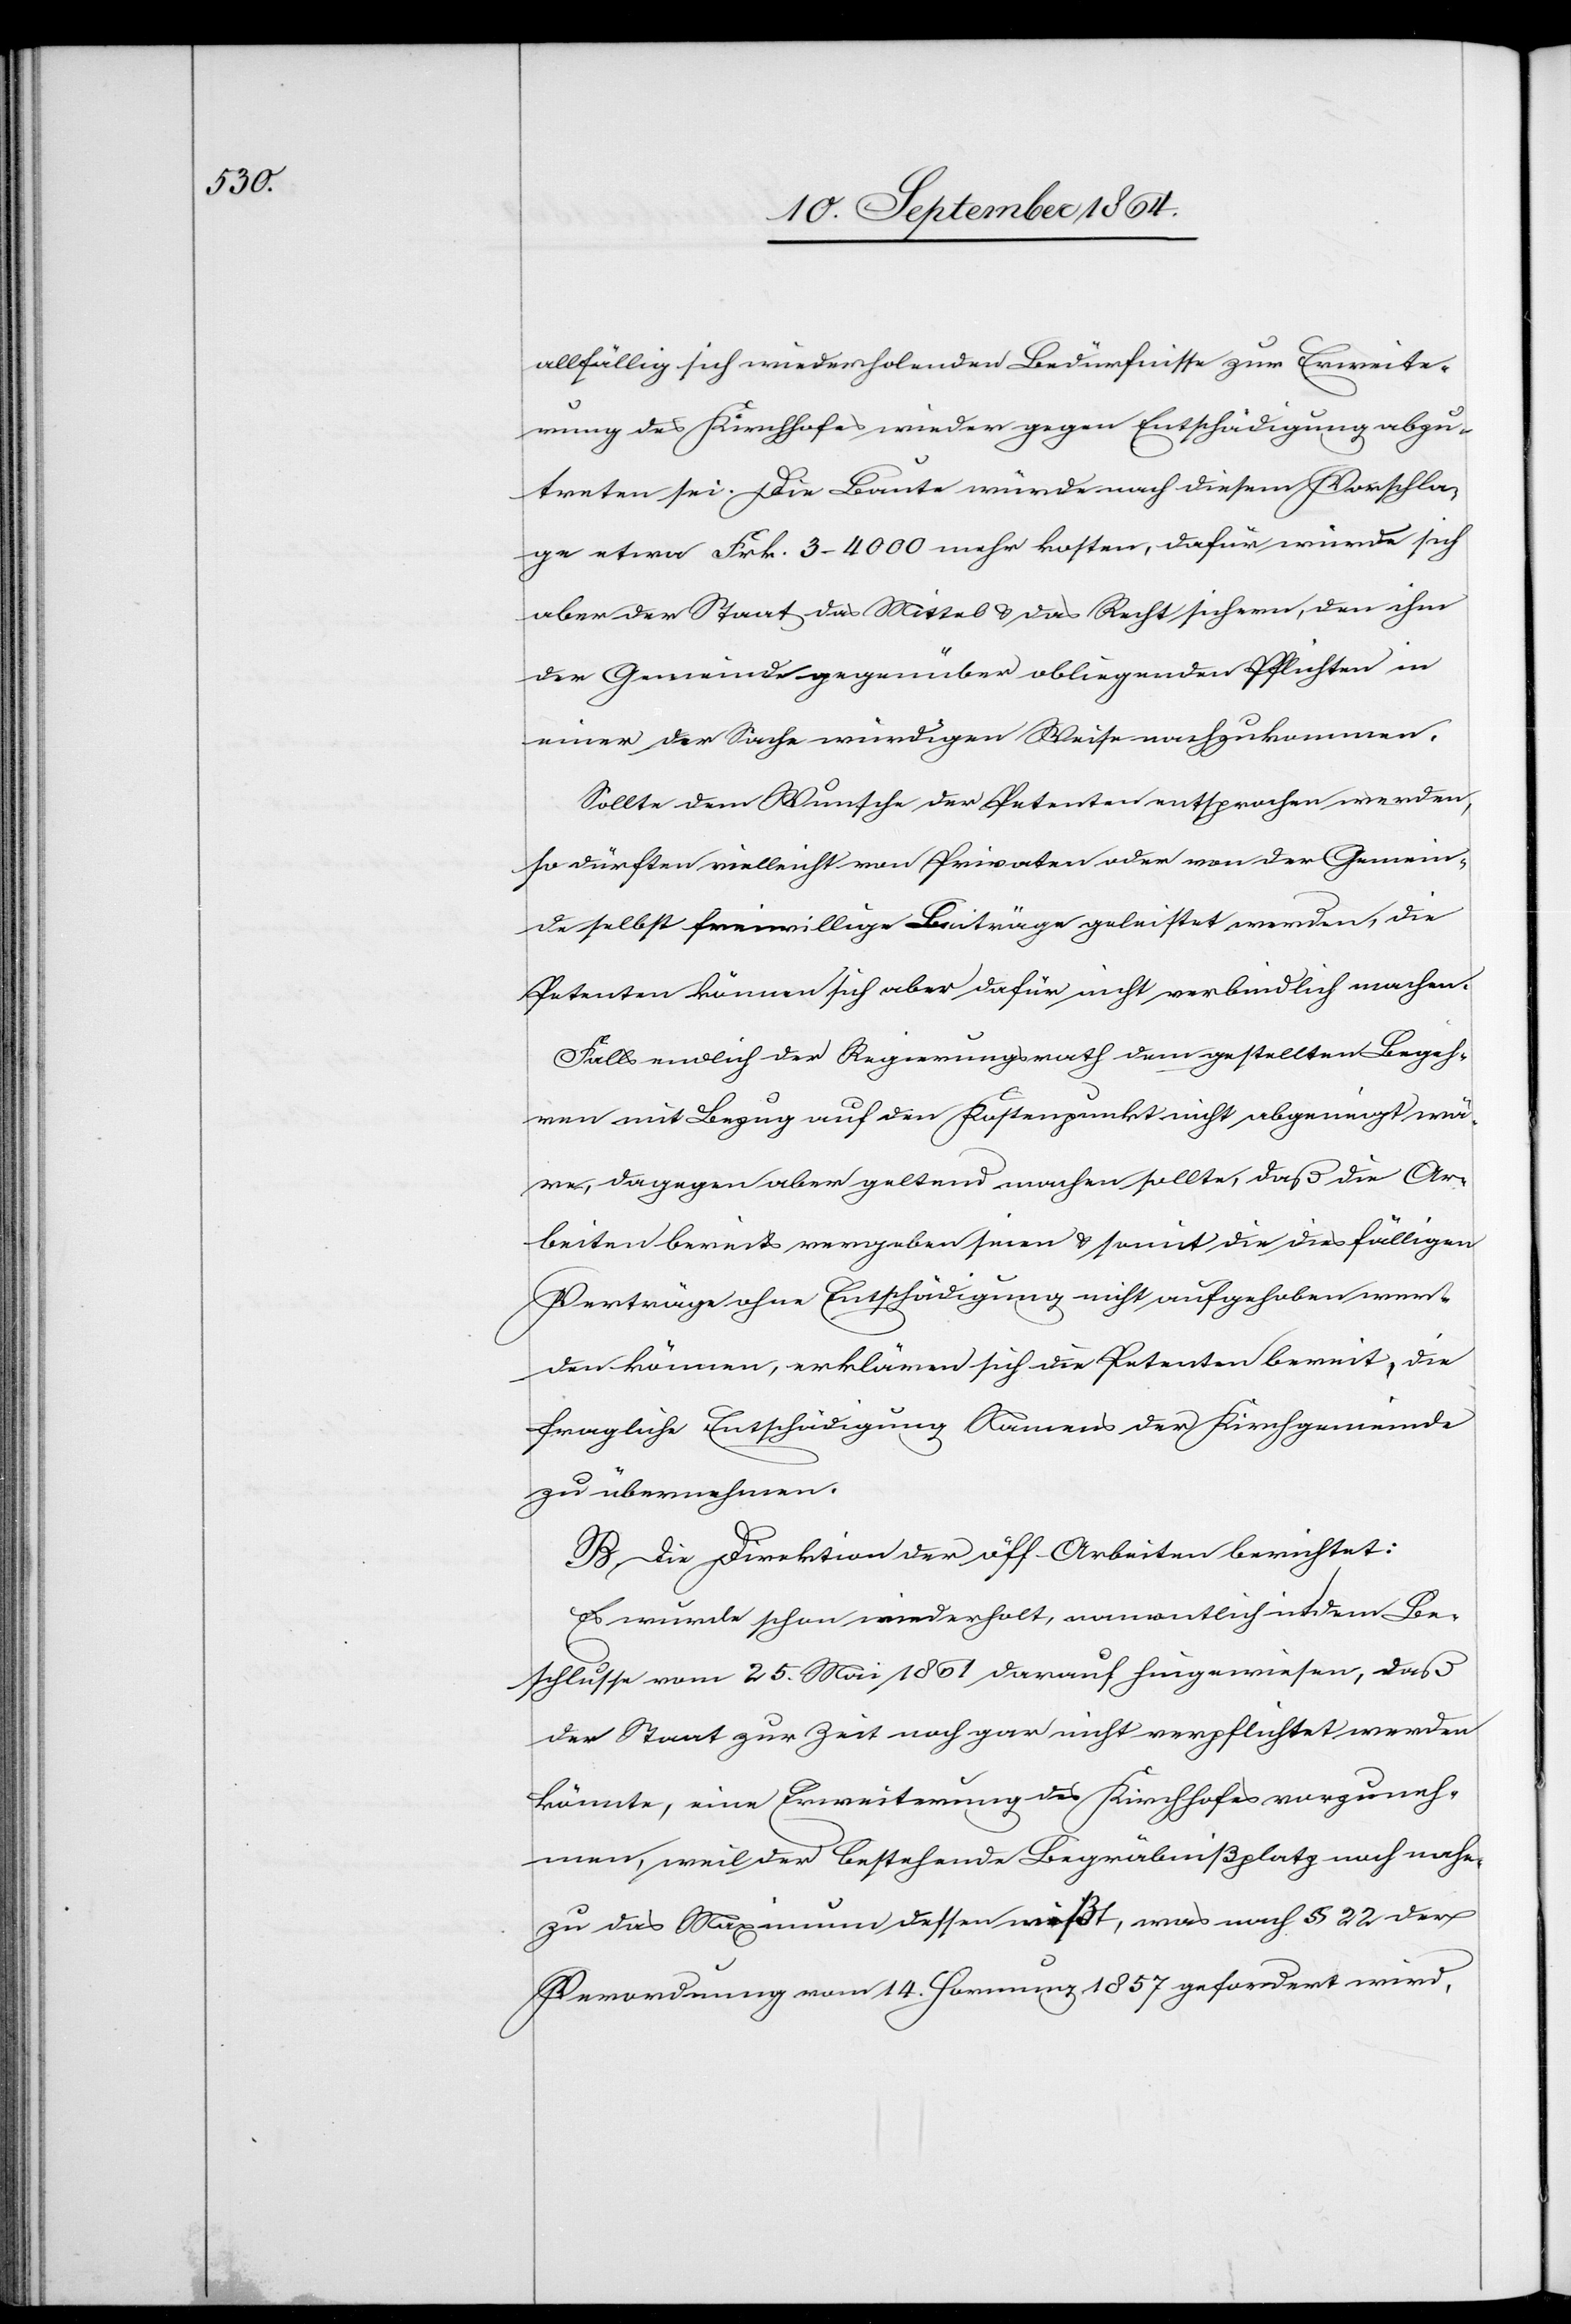
allfällig sich wiederholenden Bedürfnisse zur Erweite¬
rung des Kirchhofes wieder gegen Entschädigung abzu¬
treten sei. Die Baute würde nach diesem Vorschla¬
ge etwa Frk. 3–4 000 mehr kosten, dafür würde sich
aber der Staat das Mittel & das Recht sichern, den ihm
der Gemeinde gegenüber obliegenden Pflichten in
einer der Sache würdigen Weise nachzukommen.
Sollte dem Wunsche der Petenten entsprochen werden,
so dürften vielleicht von Privaten oder von der Gemein¬
de selbst freiwillige Beiträge geleistet werden, die
Petenten könnten sich aber dafür nicht verbindlich machen.
Falls endlich der Regierungsrath dem gestellten Begeh¬
ren mit Bezug auf den Kostenpunkt nicht abgeneigt wä¬
re, dagegen aber geltend machen sollte, daß die Ar¬
beiten bereits vergeben seien & somit die diesfälligen
Verträge ohne Entschädigung nicht aufgehoben wer¬
den können, erklären sich die Petenten bereit, die
fragliche Entschädigung Namens der Kirchgemeinde
zu übernehmen.
B. Die Direktion der öff. Arbeiten berichtet:
Es wurde schon wiederholt, namentlich in dem Be¬
schlusse vom 25. Mai 1861 darauf hingewiesen, daß
der Staat zur Zeit noch gar nicht verpflichtet werden
könnte, eine Erweiterung des Kirchhofes vorzuneh¬
men, weil der bestehende Begräbnißplatz noch nahe¬
zu das Maximum dessen mißt, das nach § 22 der
Verordnung vom 14. Hornung 1857 gefordert wird.